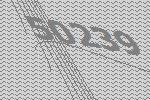
50239